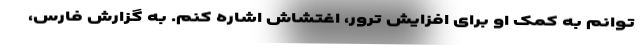
‌توانم به کمک او برای افزایش ترور، اغتشاش اشاره کنم. به گزارش فارس،